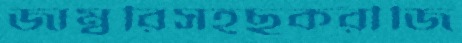
জাম্বুরিসহছুকরীজি